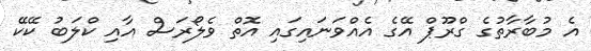
އެ މުބާރާތުގެ ގްރޫޕް އޭގެ އެއްވަނައިގައި އޮތް ވެލޯރަސް އާއި ކްލަބު ކޭކޭ